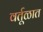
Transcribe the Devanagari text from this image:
वर्तूळात